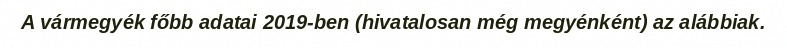
A vármegyék főbb adatai 2019-ben (hivatalosan még megyénként) az alábbiak.